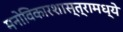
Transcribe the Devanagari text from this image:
मनोविकारशास्त्रामध्ये